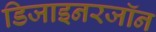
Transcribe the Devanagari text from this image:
डिजाइनरजॉन